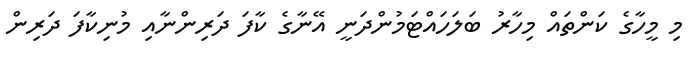
މި މީހާގެ ކަންތައް މިހާރު ބަލަހައްޓަމުންދަނީ އޭނާގެ ކާފަ ދަރިންނާއި މުނިކާފަ ދަރިން